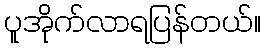
ပူအိုက်လာရပြန်တယ်။